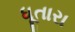
ધૂતારા